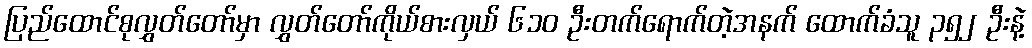
ပြည်ထောင်စုလွှတ်တော်မှာ လွှတ်တော်ကိုယ်စားလှယ် ၆၁၀ ဦးတက်ရောက်တဲ့အနက် ထောက်ခံသူ ၃၅၂ ဦးနဲ့